Indian journal of veterinary science and animal husbandry - Volumes 18-21, 1948-1951
Year: 1948
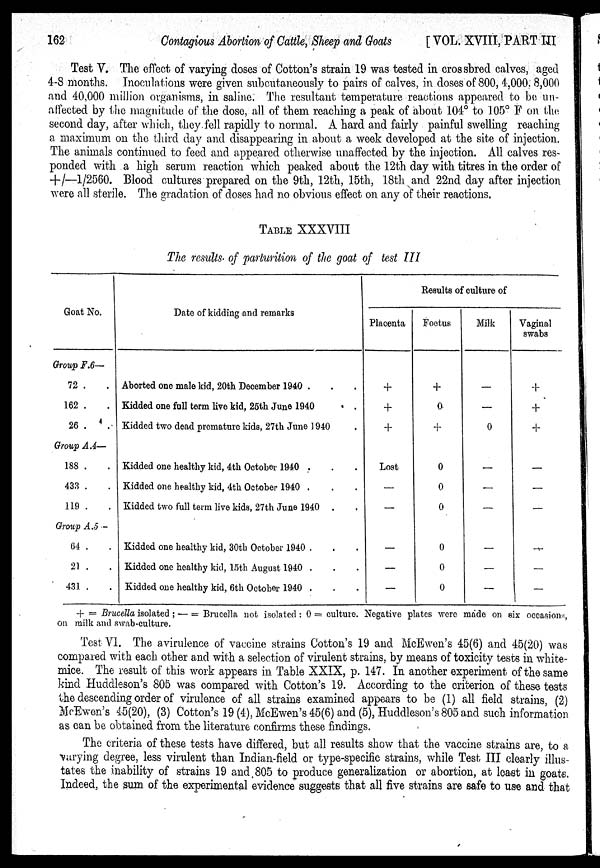
162
Contagious Abortion of Cattle, Sheep and Goats
[VOL. XVIII, PART III
Test V. The effect of varying doses of Cotton's strain 19 was tested in crossbred calves, aged
4-8 months. Inoculations were given subcutaneously to pairs of calves, in doses of 800, 4,000, 8,000
and 40,000 million organisms, in saline. The resultant temperature reactions appeared to be un-
affected by the magnitude of the dose, all of them reaching a peak of about 104° to 105° F on the
second day, after which, they fell rapidly to normal. A hard and fairly painful swelling reaching
a maximum on the third day and disappearing in about a week developed at the site of injection.
The animals continued to feed and appeared otherwise unaffected by the injection. All calves res-
ponded with a high serum reaction which peaked about the 12th day with titres in the order of
+/—1/2560. Blood cultures prepared on the 9th, 12th, 15th, 18th and 22nd day after injection
were all sterile. The gradation of doses had no obvious effect on any of their reactions.
TABLE XXXVIII
The results of parturition of the goat of test III
Goat No.
Group F.6—
72 . .
162 . .
26 . .
Group A.4—
188 . .
433 . .
119 . .
Group A.5 —
64 . .
21 . .
431 . .
Date of kidding and remarks
Aborted one male kid, 20th December 1940 . . .
Kidded one full term live kid, 25th June 1940 .
Kidded two dead premature kids, 27th June 1940 .
Kidded one healthy kid, 4th October 1940 . . .
Kidded one healthy kid, 4th October 1940 . . .
Kidded two full term live kids, 27th June 1940 . .
Kidded one healthy kid, 30th October 1940 . . .
Kidded one healthy kid, 15th August 1940 . . .
Kidded one healthy kid, 6th October 1940 . . .
Results of culture of
Placenta
+
+
+
Lost
—
—
—
—
—
Foetus
+
0
+
0
0
0
0
0
0
Milk
—
—
0
—
—
—
—
—
—
Vaginal
swabs
+
+
+
—
—
—
—
—
—
+ = Brucella isolated ; — = Brucella not isolated : 0 = culture. Negative plates were made on six occasions,
on milk and swab-culture.
Test VI. The avirulence of vaccine strains Cotton's 19 and McEwen's 45(6) and 45(20) was
compared with each other and with a selection of virulent strains, by means of toxicity tests in white¬
mice. The result of this work appears in Table XXIX, p. 147. In another experiment of the same
kind Huddleson's 805 was compared with Cotton's 19. According to the criterion of these tests
the descending order of virulence of all strains examined appears to be (1) all field strains, (2)
McEwen's 45(20), (3) Cotton's 19 (4), McEwen's 45(6) and (5), Huddleson's 805 and such information
as can be obtained from the literature confirms these findings.
The criteria of these tests have differed, but all results show that the vaccine strains are, to a
varying degree, less virulent than Indian-field or type-specific strains, while Test III clearly illus-
tates the inability of strains 19 and 805 to produce generalization or abortion, at least in goats.
Indeed, the sum of the experimental evidence suggests that all five strains are safe to use and that